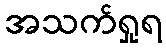
အသက်ရှုရ